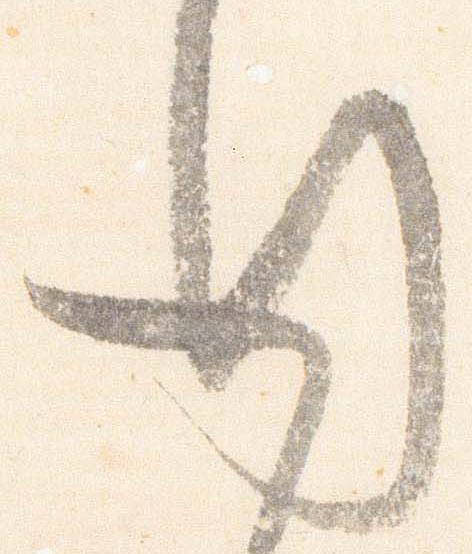
行